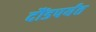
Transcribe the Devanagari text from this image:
दौंडपर्यंत